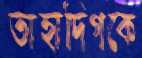
তাহাদিগকে